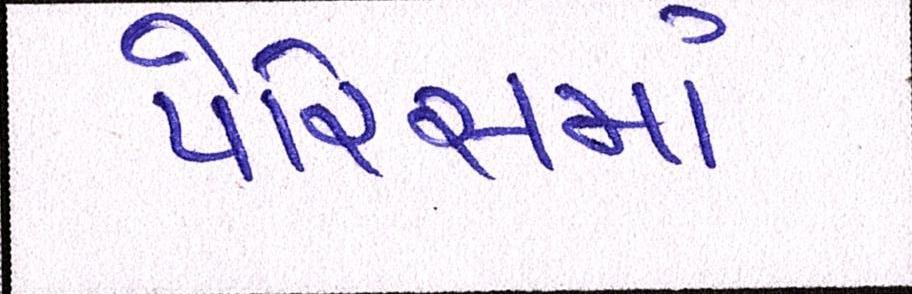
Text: પેરિસમાં